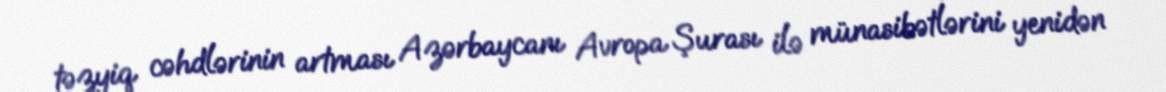
təzyiq cəhdlərinin artması Azərbaycanı Avropa Şurası ilə münasibətlərini yenidən